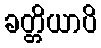
ခတ္တိယာပိ